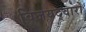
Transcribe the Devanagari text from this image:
विजयद्वारों